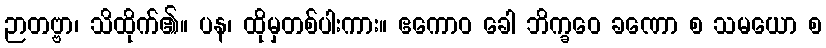
ဉာတဗ္ဗာ၊ သိထိုက်၏။ ပန၊ ထိုမှတစ်ပါးကား။ ဧကောဝ ခေါ ဘိက္ခဝေ ခဏော စ သမယော စ